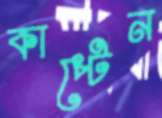
কাপ্টেন